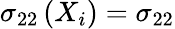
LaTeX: \sigma_{22}\left(X_{i}\right)=\sigma_{22}